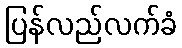
ပြန်လည်လက်ခံ